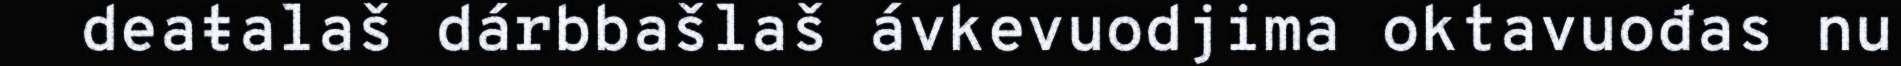
deaŧalaš dárbbašlaš ávkevuodjima oktavuođas nu